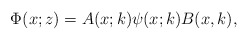
\begin{align*}\Phi(x;z)=A(x;k)\psi(x;k)B(x,k),\end{align*}